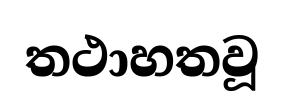
තථාහතවූ